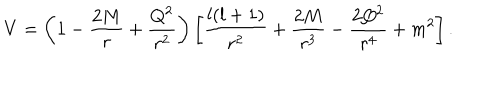
LaTeX: V = \left( 1 - \frac { 2 M } { r } + \frac { Q ^ { 2 } } { r ^ { 2 } } \right) \left[ \frac { l ( l + 1 ) } { r ^ { 2 } } + \frac { 2 M } { r ^ { 3 } } - \frac { 2 Q ^ { 2 } } { r ^ { 4 } } + m ^ { 2 } \right] .